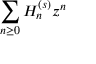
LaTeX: \sum _ { n \geq 0 } H _ { n } ^ { ( s ) } z ^ { n }